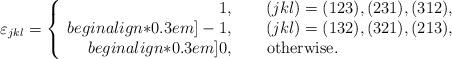
LaTeX: \begin{align*}\varepsilon_{jkl}=\left\{\begin{array}{rc}1,&\ \ (jkl)=(123), (231), (312),\\begin{align*}0.3em]-1,&\ \ (jkl)=(132), (321), (213),\\begin{align*}0.3em] 0,&\ \ \ \ {\rm otherwise}.\ \ \ \ \ \ \ \ \ \ \ \ \ \ \ \ \ \ \ \ \ \ \ \end{array}\right.\end{align*}